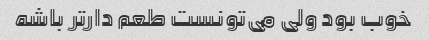
خوب بود ولی می‌تونست طعم دارتر باشه